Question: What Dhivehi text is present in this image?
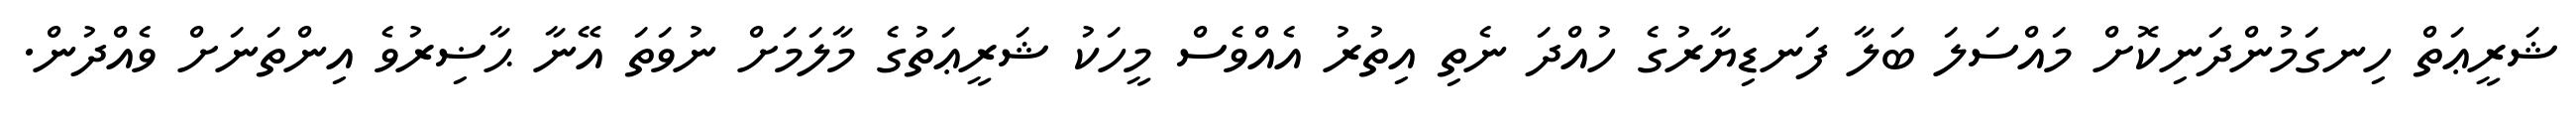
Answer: ޝަރީޢަތް ހިނގަމުންދަނިކޮށް މައްސަލަ ބަލާ ފަނޑިޔާރުގެ ހުއްދަ ނެތި އިތުރު އެއްވެސް މީހަކު ޝަރީޢަތުގެ މާލަމަށް ނުވަތަ އޭނާ ޙާޟިރުވެ އިންތަނަށް ވެއްދުން.